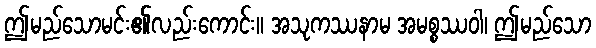
ဤမည်သောမင်း၏လည်းကောင်း။ အသုကဿနာမ အမစ္စဿဝါ၊ ဤမည်သော